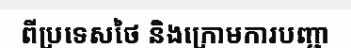
ពីប្រទេសថៃ និងក្រោមការបញ្ជា